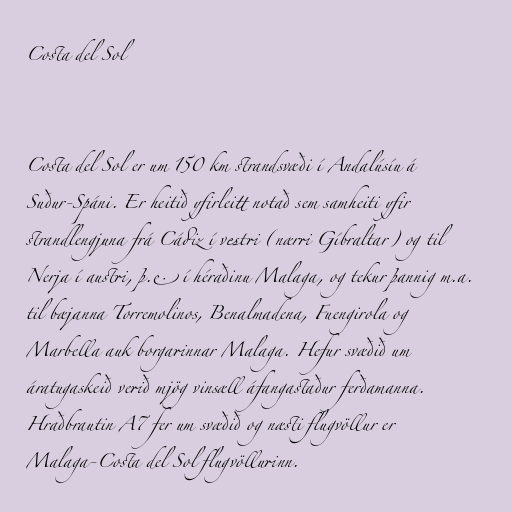
Costa del Sol

Costa del Sol er um 150 km strandsvæði í Andalúsíu á
Suður-Spáni. Er heitið yfirleitt notað sem samheiti yfir
strandlengjuna frá Cádiz í vestri (nærri Gíbraltar) og til
Nerja í austri, þ.e. í héraðinu Malaga, og tekur þannig m.a.
til bæjanna Torremolinos, Benalmadena, Fuengirola og
Marbella auk borgarinnar Malaga. Hefur svæðið um
áratugaskeið verið mjög vinsæll áfangastaður ferðamanna.
Hraðbrautin A7 fer um svæðið og næsti flugvöllur er
Malaga-Costa del Sol flugvöllurinn.